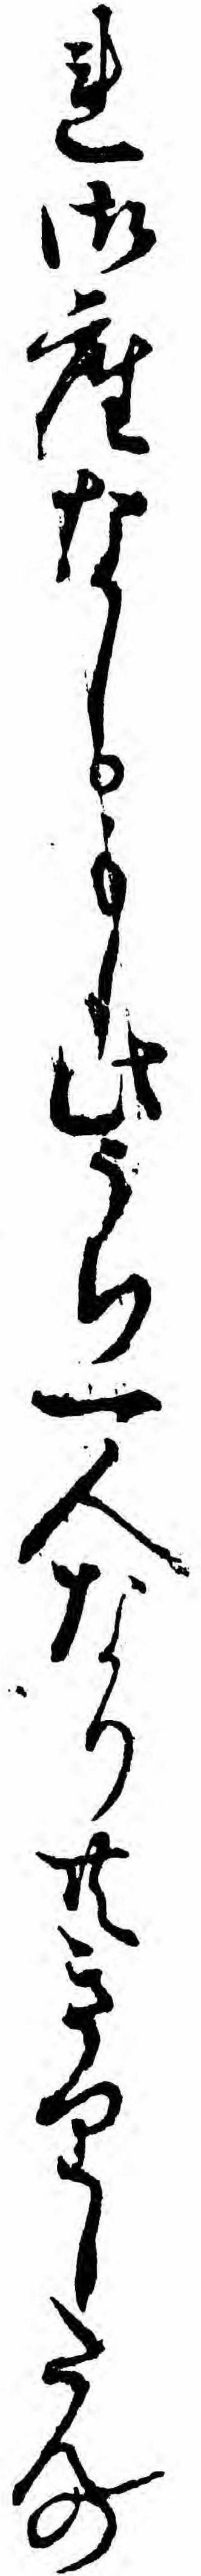
れ御座なしもし此うち一人なり共きりしたんの